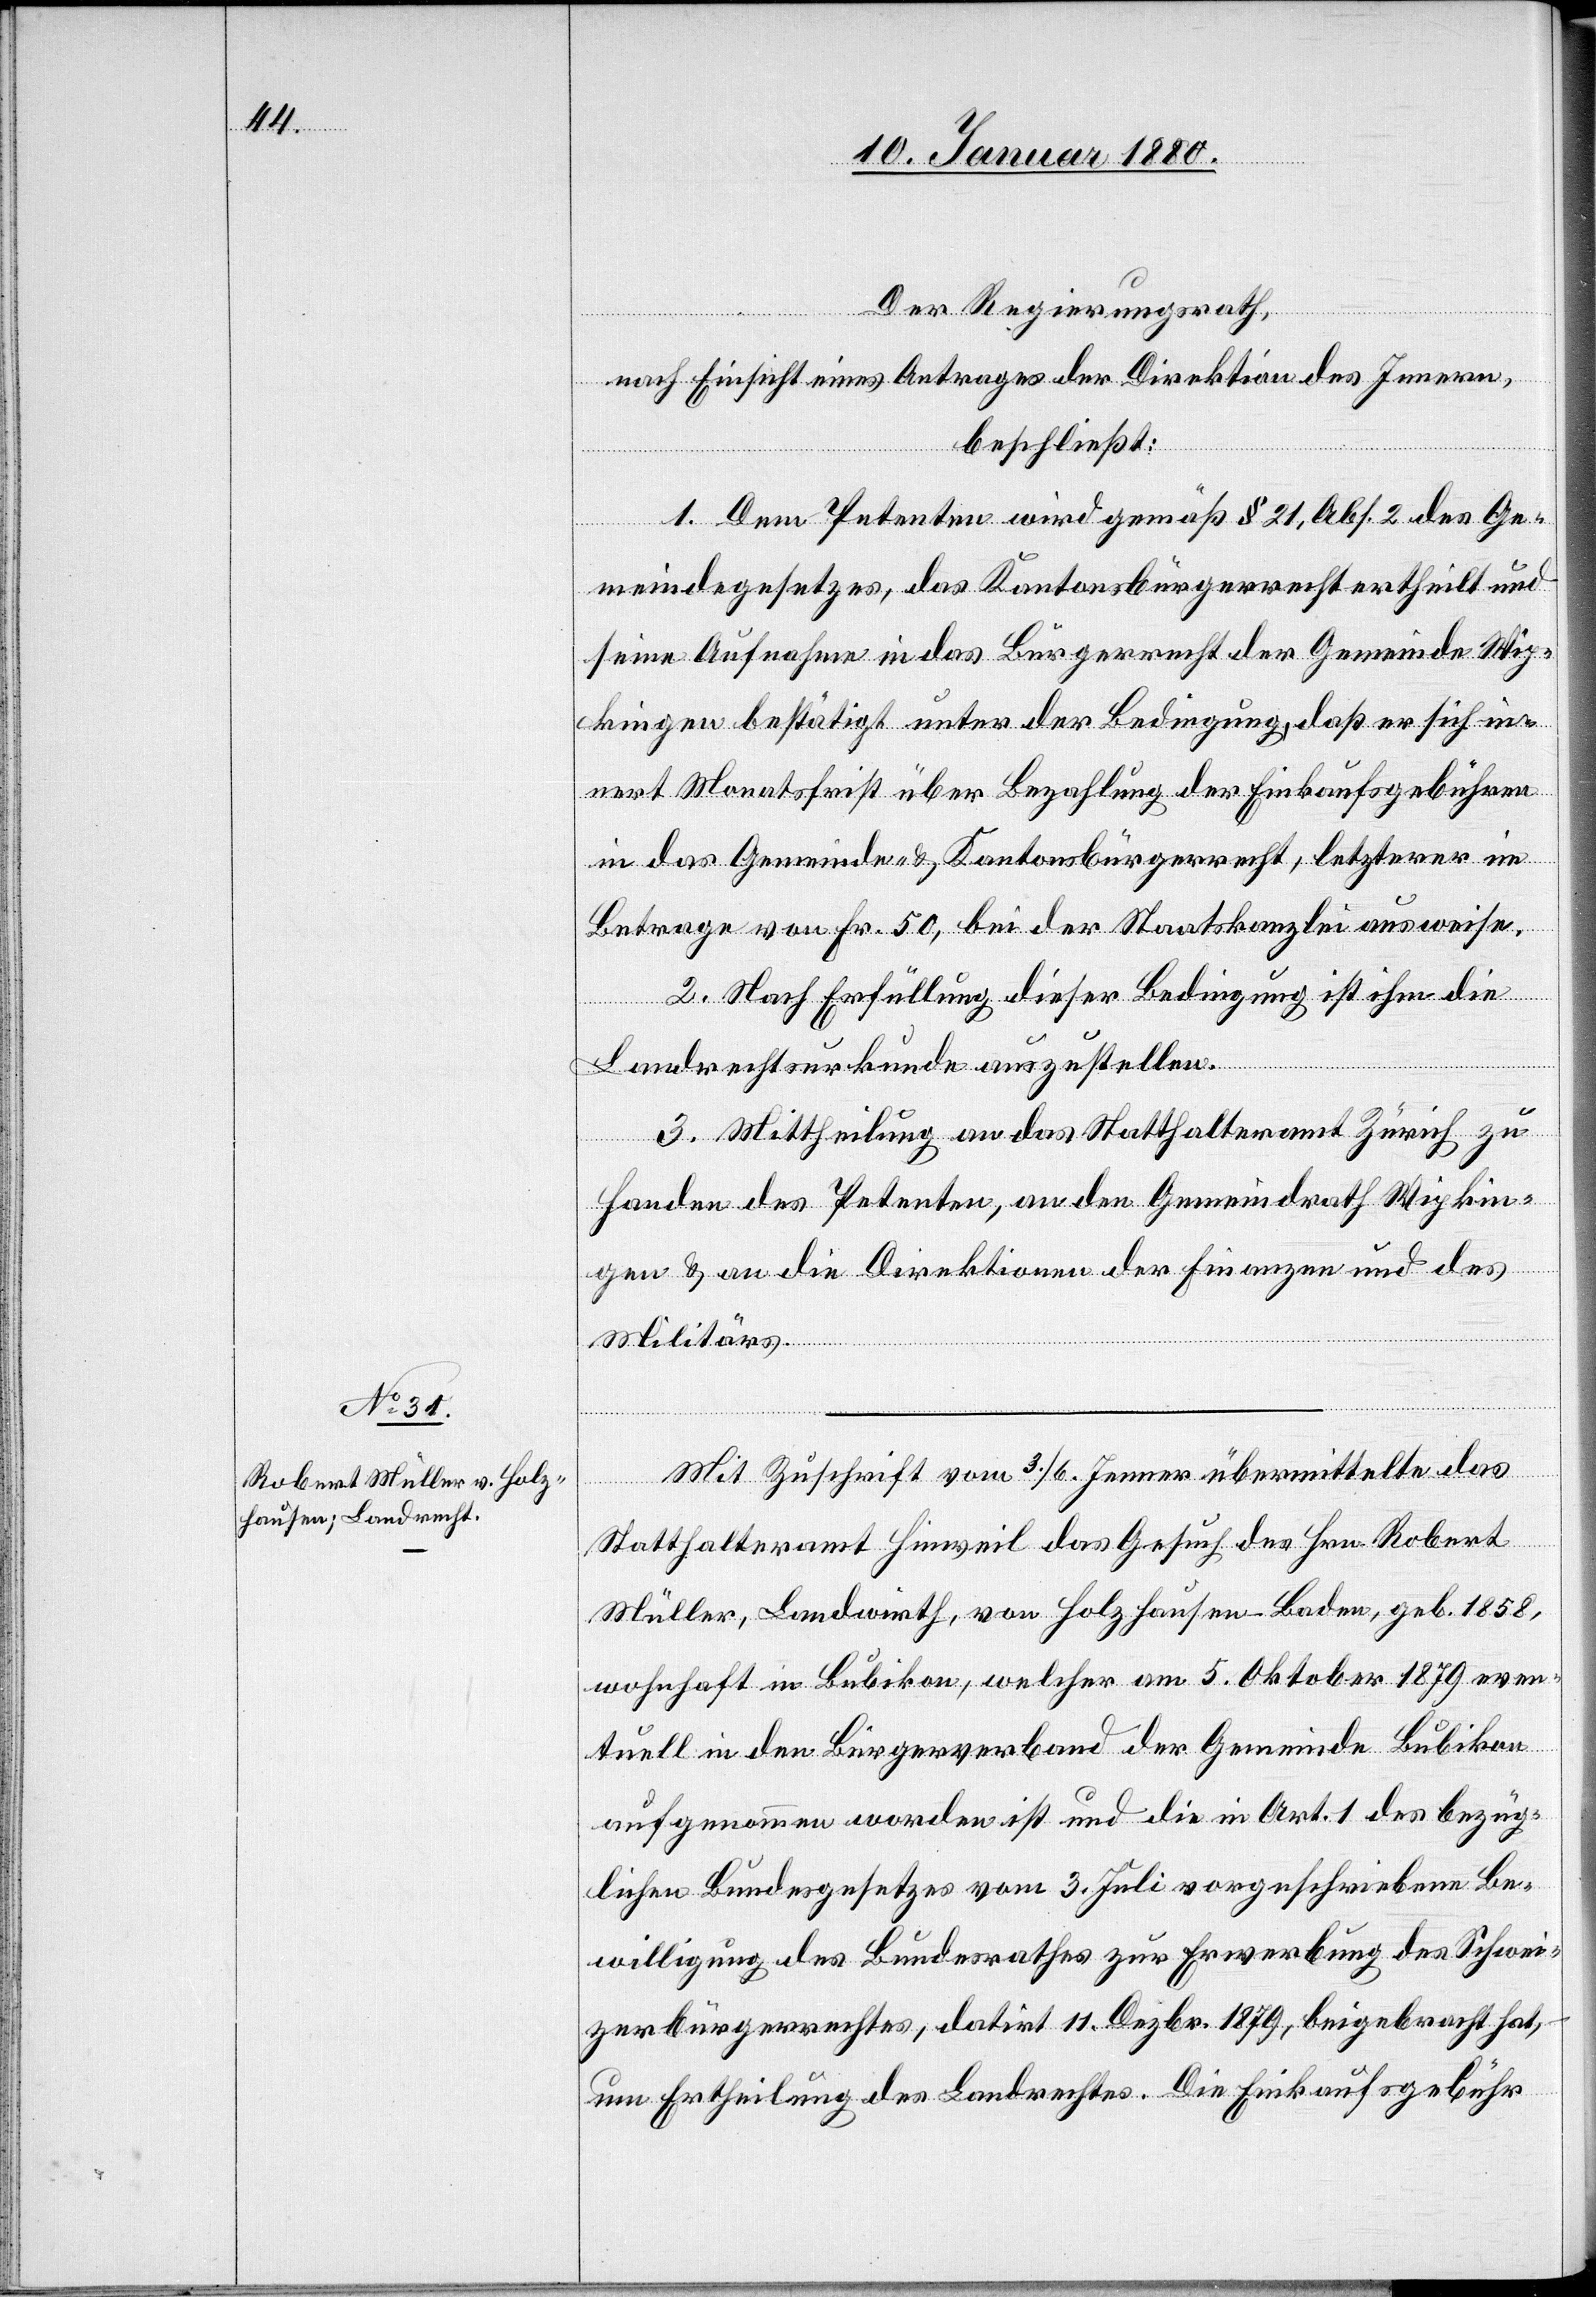
Der Regierungsrath,
nach Einsicht eines Antrages der Direktion des Innern,
beschließt:
1. Dem Petenten wird gemäß § 21, Abs. 2 des Ge¬
meindegesetzes, das Kantonsbürgerrecht ertheilt und
seine Aufnahme in das Bürgerrecht der Gemeinde Wip¬
kingen bestätigt unter der Bedingung, daß er sich in¬
nert Monatsfrist über Bezahlung der Einkaufsgebühren
in das Gemeinde- & Kantonsbürgerrecht, letzterer im
Betrage von Fr. 50, bei der Staatskanzlei ausweise.
2. Nach Erfüllung dieser Bedingung ist ihm die
Landrechtsurkunde auszustellen.
3. Mittheilung an das Statthalteramt Zürich zu
Handen des Petenten, an den Gemeindrath Wipkin¬
gen & an die Direktionen der Finanzen und des
Militärs.
Statthalteramt Hinweil das Gesuch des Hrn. Robert
Müller, Landwirth, von Holzhausen–Baden, geb. 1858,
wohnhaft in Bubikon, welcher am 5. Oktober 1879 even¬
tuell in den Bürgerverband der Gemeinde Bubikon
aufgenommen worden ist und die in Art. 1 des bezüg¬
lichen Bundesgesetzes vom 3. Juli vorgeschriebene Be¬
willigung des Bundesrathes zur Erwerbung des Schwei¬
zerbürgerrechtes, datirt 11. Dezbr. 1879, beigebracht hat,
um Ertheilung des Landrechtes. Die Einkaufsgebühr